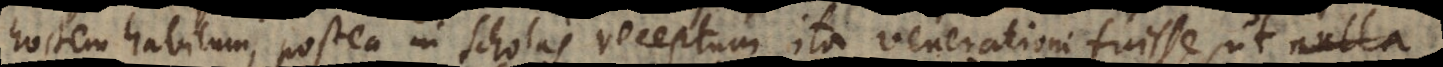
hostem habitum, postea in Scholas receptum ita venerationi fuisse, ut